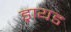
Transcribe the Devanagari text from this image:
ड्रायड